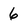
Character: 6